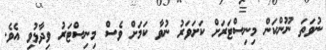
ނުވަތަ ނޫންކަން މިނިސްޓަރަށް ކަށަވަރު ނުވާ ކަމަށް ވެސް މިނިސްޓަރު ވިދާޅުވި އެވެ.